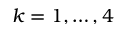
k = 1 , \dots , 4